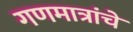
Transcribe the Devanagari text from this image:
गणमात्रांचे